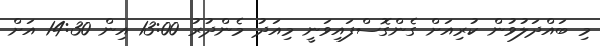
މި ބައްދަލުވުން ކުރިއަށް ގެންގޮސްފައިވަނީ މިއަދު މެންދުރު 13:00 އިން 14:30 އަށް